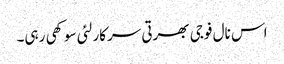
اس نال فوجی بھرتی سرکار لئی سوکھی رہی۔